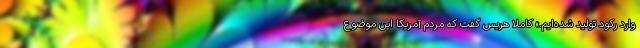
وارد رکود تولید شده‌ایم.» کاملا هریس گفت که مردم آمریکا این موضوع